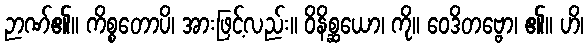
ဉာဏ်၏။ ကိစ္စတောပိ၊ အားဖြင့်လည်း။ ဝိနိစ္ဆယော၊ ကို။ ဝေဒိတဗ္ဗော၊ ၏။ ဟိ၊